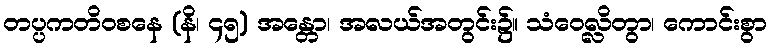
တပ္ပကတိဝစနေ (နိ၊ ၄၅) အန္တော၊ အလယ်အတွင်း၌။ သံဝေလ္လိတွာ၊ ကောင်းစွာ